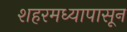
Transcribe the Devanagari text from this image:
शहरमध्यापासून